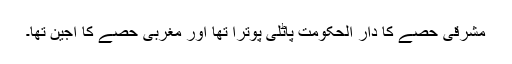
مشرقی حصے کا دار الحکومت پاٹلی پوترا تھا اور مغربی حصے کا اجین تھا۔